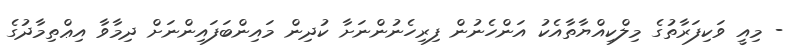
- މިއީ ވަކިފަރާތުގެ މިލްކިއްޔާތާއެކު އަންހެނުން ފިރިހެނުންނަށާ ކުދިން މައިންބަފައިންނަށް ދިމާވާ އިޢްތިމާދުގެ